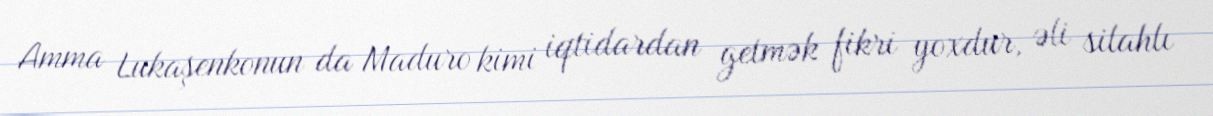
Amma Lukaşenkonun da Maduro kimi iqtidardan getmək fikri yoxdur, əli silahlı